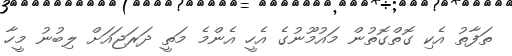
ތަފާތު އެކި ގޮތްގޮތުން މައުމޫނުގެ އެހީ އެންމެ މަތީ ދަރަޖައަށް ލިބުނު މީހާ